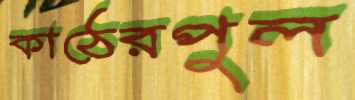
কাঠেরপুল